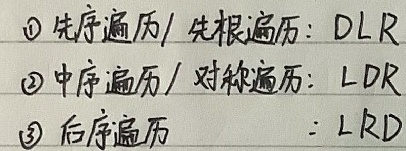
\textcircled{1} 先序遍历/先根遍历：$DLR$
\textcircled{2} 中序遍历/对称遍历：$LDR$
\textcircled{3} 后序遍历：$LRD$